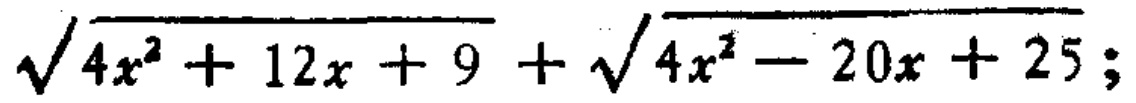
\(\sqrt{4x^{2}+12x + 9}+\sqrt{4x^{2}-20x + 25};\)